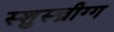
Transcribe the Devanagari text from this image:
स्शुस्च्नीग्ग